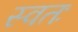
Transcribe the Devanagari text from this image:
स्वतः